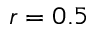
r = 0 . 5